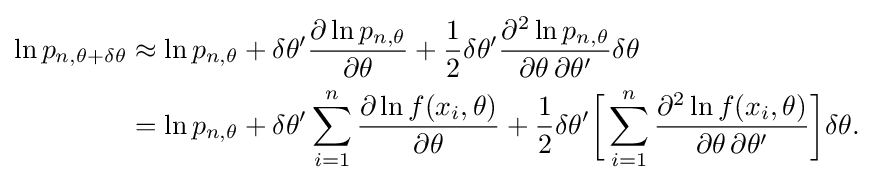
{\begin{aligned}\ln p_{n,\theta +\delta \theta }&\approx \ln p_{n,\theta }+\delta \theta '{\frac {\partial \ln p_{n,\theta }}{\partial \theta }}+{\frac {1}{2}}\delta \theta '{\frac {\partial ^{2}\ln p_{n,\theta }}{\partial \theta \,\partial \theta '}}\delta \theta \\&=\ln p_{n,\theta }+\delta \theta '\sum _{i=1}^{n}{\frac {\partial \ln f(x_{i},\theta )}{\partial \theta }}+{\frac {1}{2}}\delta \theta '{\bigg [}\sum _{i=1}^{n}{\frac {\partial ^{2}\ln f(x_{i},\theta )}{\partial \theta \,\partial \theta '}}{\bigg ]}\delta \theta .\end{aligned}}